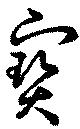
宝